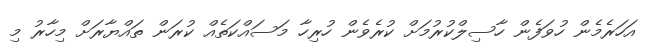
އަހަރެމެން ހުވަފެން ހާސިލްކުރުމަށް ކުރެވެން ހުރިހާ މަސައްކަތެއް ކުރަން ތައްޔާރަށް މިހާރު މި